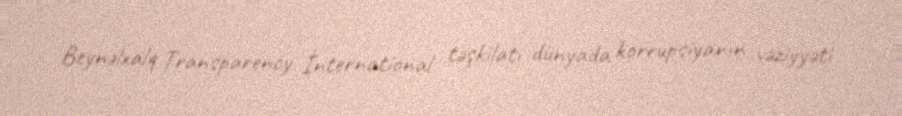
Beynəlxalq Transparency İnternational təşkilatı dünyada korrupsiyanın vəziyyəti